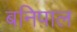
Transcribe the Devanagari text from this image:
बनिपाल